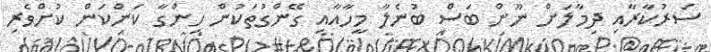
ސަރުކާރާއި ދިމާލަށް ނޫން ބަސް ބުނެލާ މީހާއާއި ގޭންގުތަކުން ހިންގާ ކަންކަން ކުށްވެރި